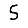
Digit: 5